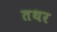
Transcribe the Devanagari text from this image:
तथर